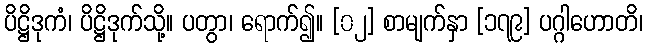
ပိဋ္ဌိဒုကံ၊ ပိဋ္ဌိဒုက်သို့။ ပတွာ၊ ရောက်၍။ [၀၂] စာမျက်နှာ [၁၇၉] ပဂ္ဂါဟောတိ၊